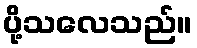
ပို့သလေသည်။